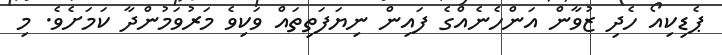
ޕެޑިކިއޯ ހެދި ޒުވާން އަންހެނެއްގެ ފައިން ނިޔަފަތިތައް ވަކިވެ މަރުވަމުންދާ ކަމަށެވެ. މި